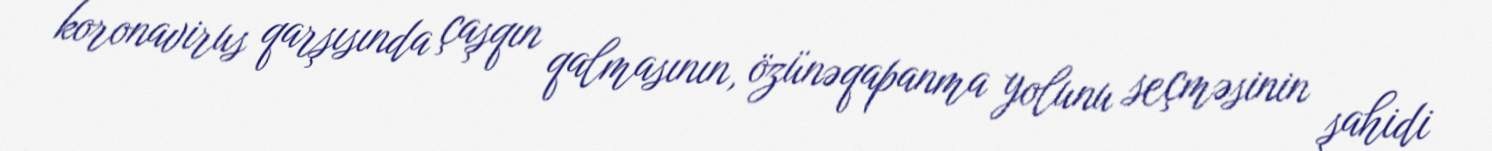
koronavirus qarşısında çaşqın qalmasının, özünəqapanma yolunu seçməsinin şahidi